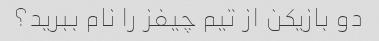
دو بازیکن از تیم چیفز را نام ببرید؟